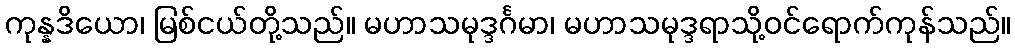
ကုန္နဒိယော၊ မြစ်ငယ်တို့သည်။ မဟာသမုဒ္ဒင်္ဂမာ၊ မဟာသမုဒ္ဒရာသို့ဝင်ရောက်ကုန်သည်။